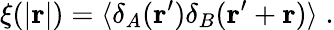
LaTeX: \xi({\lvert\textbf{r}\rvert})=\langle\delta_{A}(\textbf{r}^{\prime})\delta_{B}(\textbf{r}^{\prime}+\textbf{r})\rangle\; .